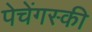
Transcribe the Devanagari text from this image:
पेचेंगस्की